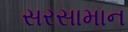
સરસામાન